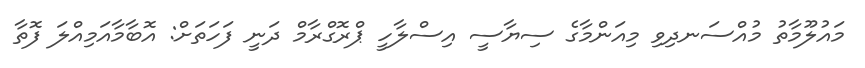
މައުލޫމާތު މުއްސަނދިވި މިއަންމާގެ ސިޔާސީ އިސްލާހީ ޕްރޮގްރާމް ދަނީ ފަހަތަށް: އޮބާމާއަމިއްލަ ފޮތާ